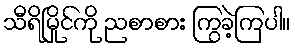
သီရိမြိုင်ကို ညစာစား ကြွခဲ့ကြပါ။